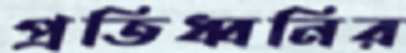
প্রতিধ্বনির